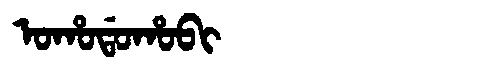
Manchu: ᠣᡥᠣᡩᠣᡥᠣᠪᡳ
Romanization: OHODOHOBI